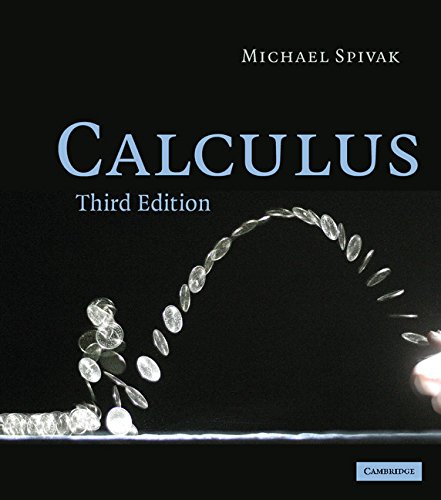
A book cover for Calculus; Michael Spivak; Science & Math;